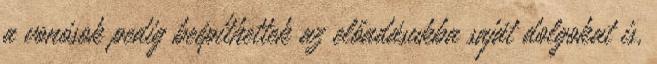
a vonósok pedig beépíthettek az előadásukba saját dolgokat is,